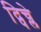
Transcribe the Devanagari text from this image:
द्पिच्ले